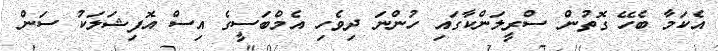
އެކަމާ ބެހޭ ގޮތުން ސްރީލަންކާގައި ހުންނަ ދިވެހި އެމްބަސީގެ އިސް އޮފިޝަލަކު ސަން